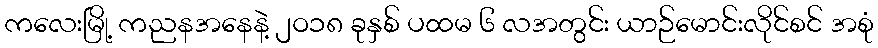
ကလေးမြို့ ကညနအနေနဲ့ ၂ဝ၁၈ ခုနှစ် ပထမ ၆ လအတွင်း ယာဉ်မောင်းလိုင်စင် အစုံ